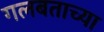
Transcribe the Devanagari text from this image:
गलबताच्या